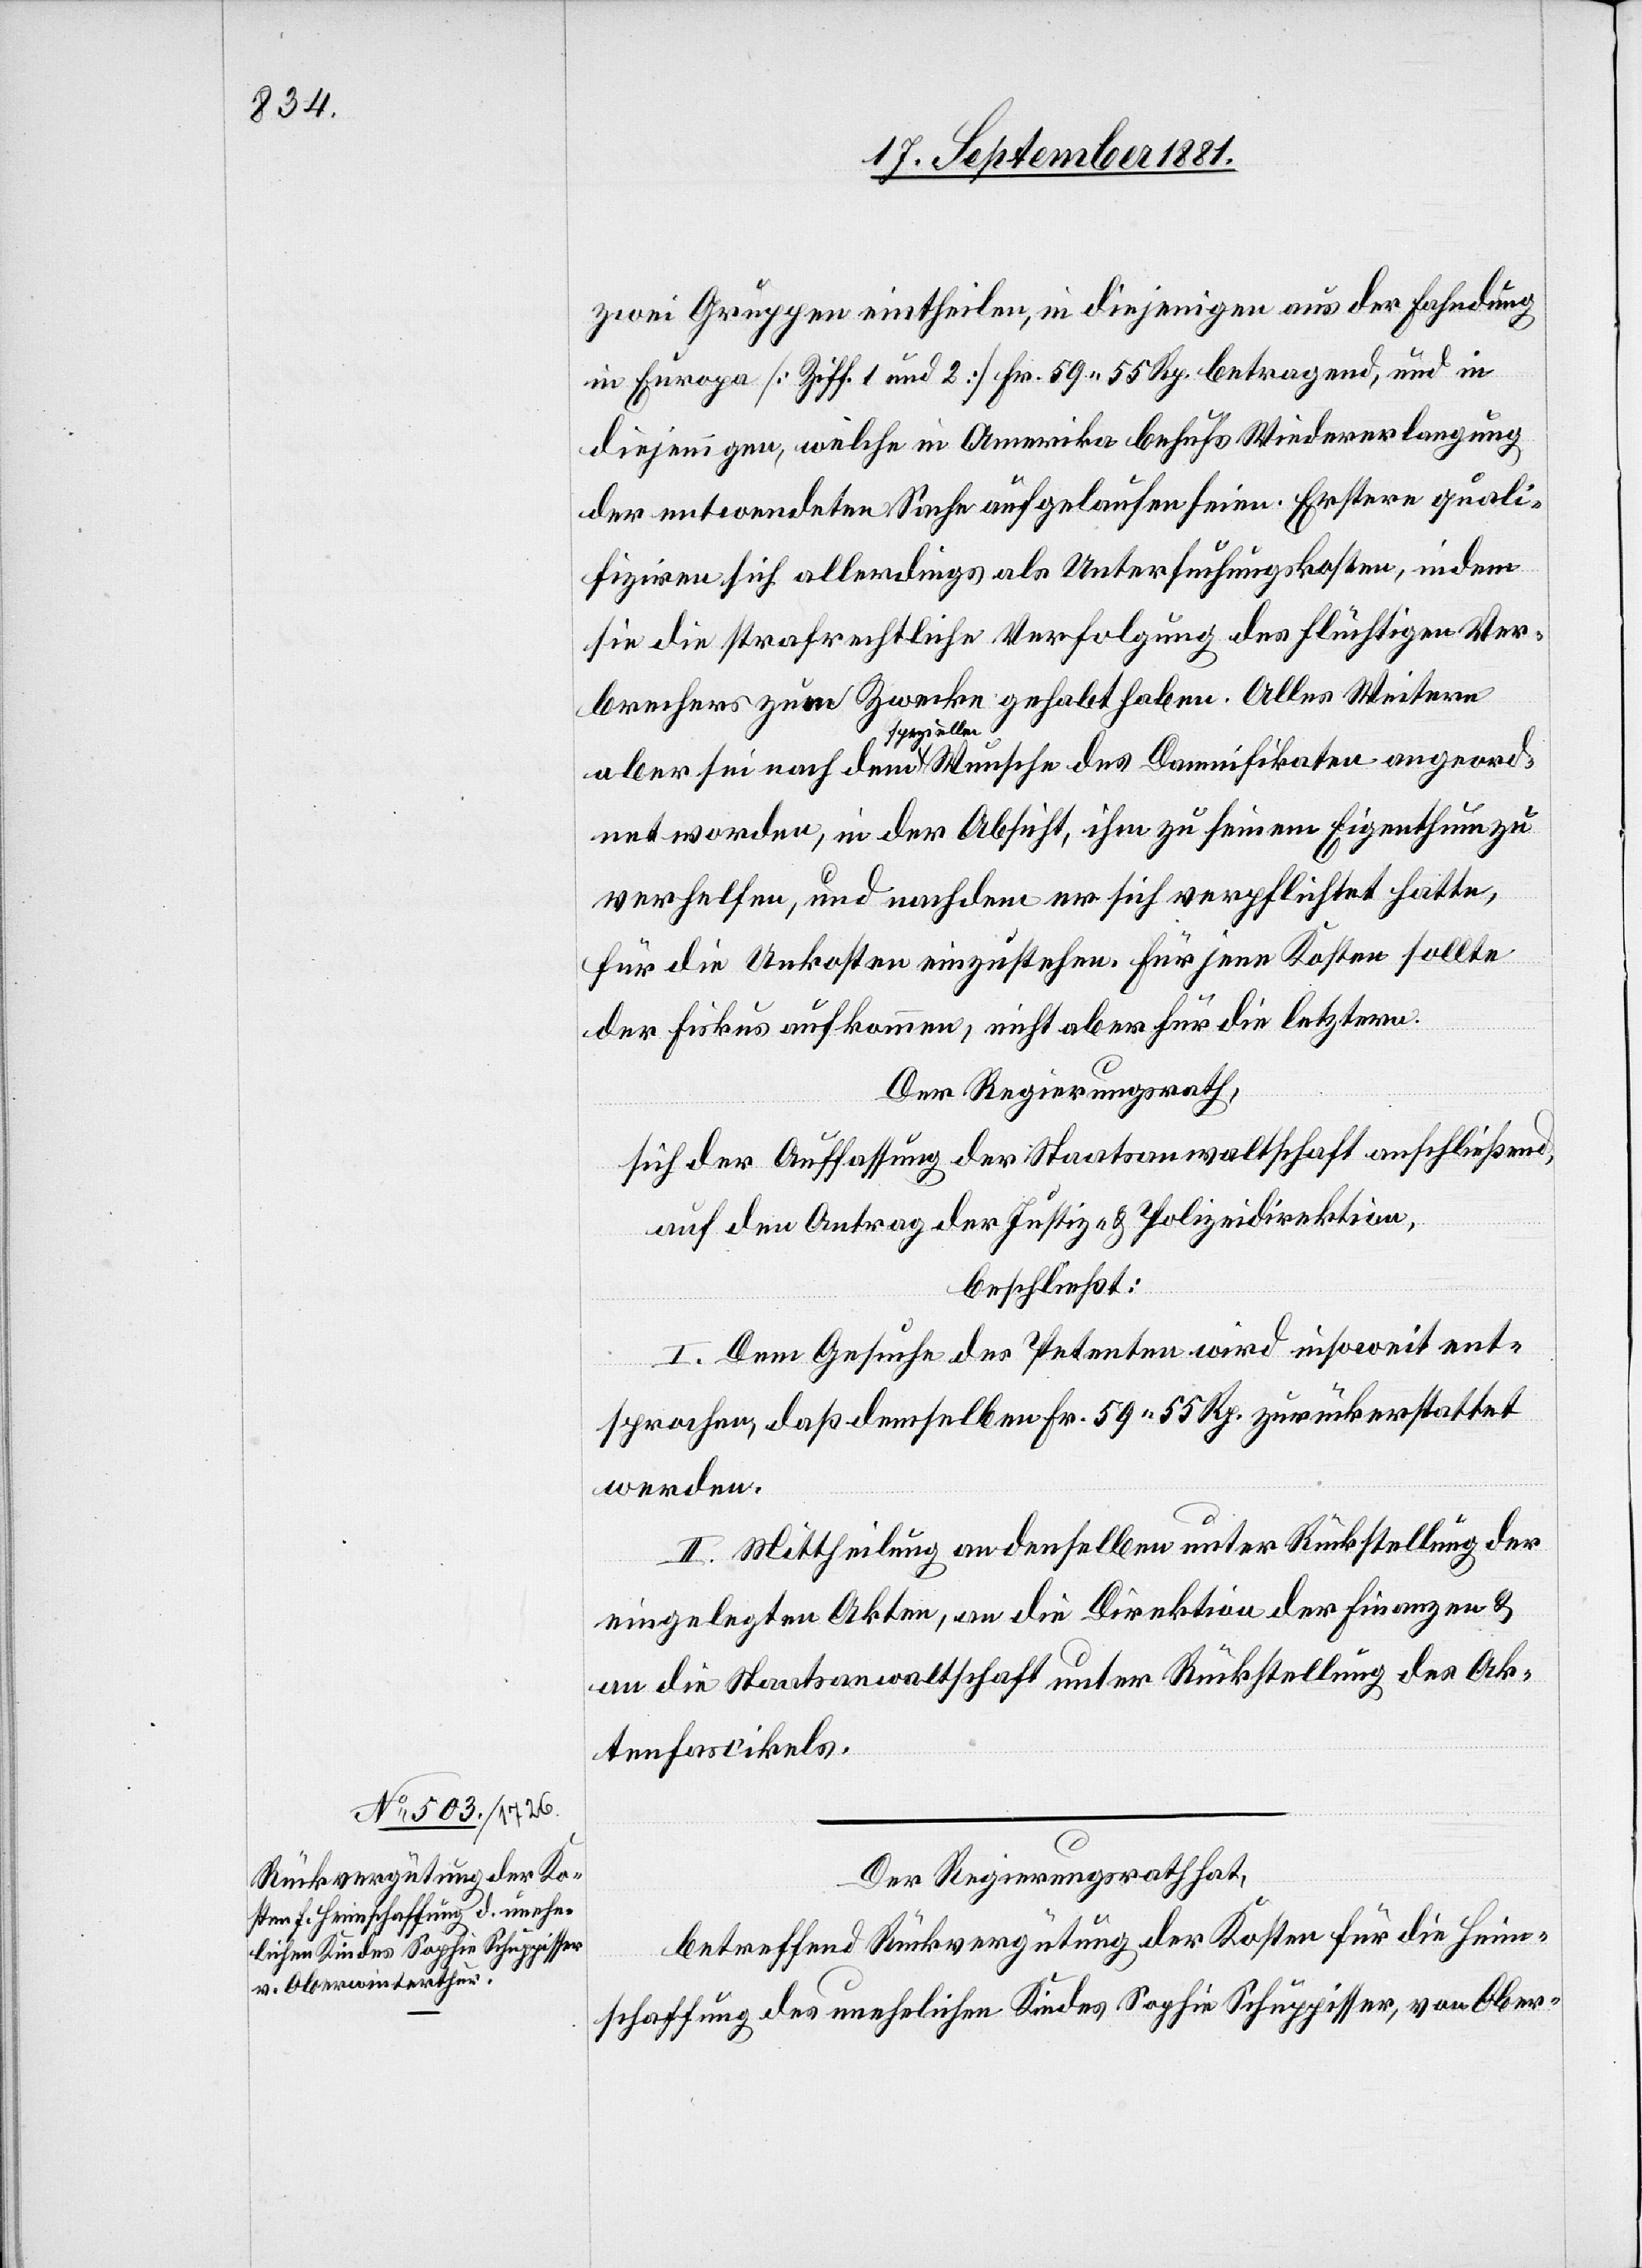
zwei Gruppen eintheilen, in diejenigen aus der Fahndung
in Europa [Ziff. 1 und 2] Fr. 59 55 Rp. betragend, und in
diejenigen, welche in Amerika behufs Wiedererlangung
der entwendeten Sache aufgelaufen seien. Erstere quali¬
fiziren sich allerdings als Untersuchungskosten, indem
sie die strafrechtliche Verfolgung des flüchtigen Ver¬
brechers zum Zwecke gehabt haben. Alles Weitere
speziellen
net worden, in der Absicht, ihm zu seinem Eigenthum zu
verhelfen, und nachdem er sich verpflichtet hatte,
für die Unkosten einzustehen. Für jene Kosten sollte
der Fiskus aufkommen, nicht aber für die letztern.
Der Regierungsrath,
sich der Auffassung der Staatsanwaltschaft anschließend,
auf den Antrag der Justiz- & Polizeidirektion,
beschließt:
I. Dem Gesuche des Petenten wird insoweit ent¬
des
sprochen, daß demselben Fr. 59 55 Rp. zurückerstattet
werden.
II. Mittheilung an denselben unter Rückstellung der
eingelegten Akten, an die Direktion der Finanzen &
an die Staatsanwaltschaft unter Rückstellung des Ak¬
tenfascikels.
angeord¬
Der Regierungsrath hat,
betreffend Rückvergütung der Kosten für die Heim¬
schaffung des unehelichen Kindes Sophie Schuppisser, von Ober-